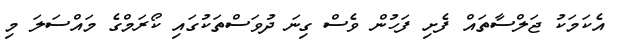
އެކަމަކު ޖަލްސާތައް ފެށި ފަހުން ވެސް ގިނަ ދުވަސްތަކުގައި ކޯރަމްގެ މައްސަލަ މި